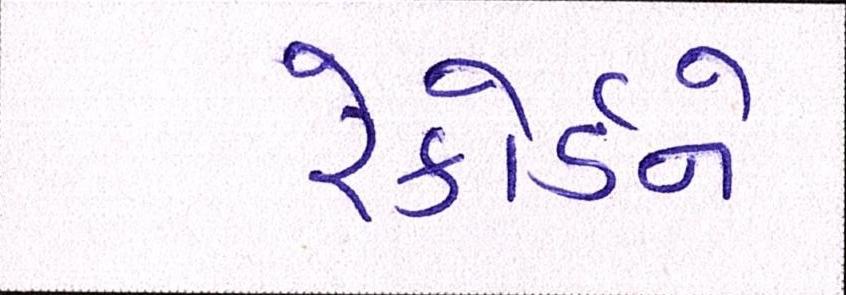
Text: રેકોર્ડને